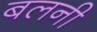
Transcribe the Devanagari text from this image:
बलनी